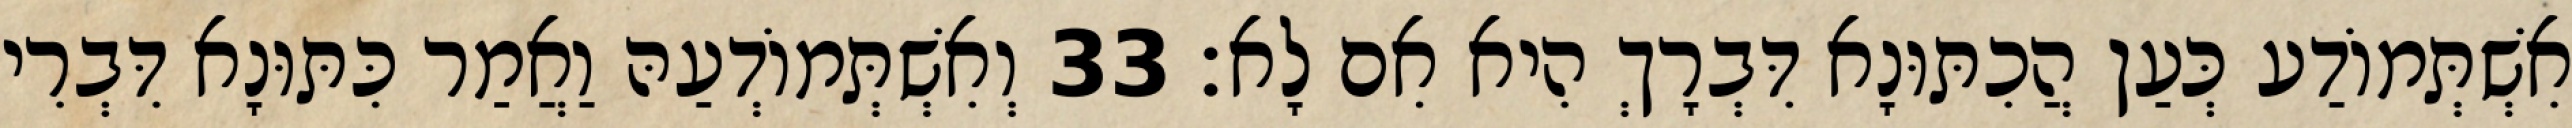
אִשְׁתְּמוֹדַע כְּעַן הֲכִתּוּנָא דִּבְרָךְ הִיא אִם לָא׃ 33 וְאִשְׁתְּמוֹדְעַהּ וַאֲמַר כִּתּוּנָא דִּבְרִי